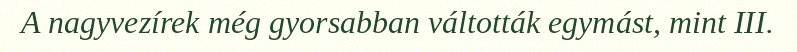
A nagyvezírek még gyorsabban váltották egymást, mint III.